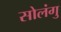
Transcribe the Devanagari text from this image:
सोलंगु